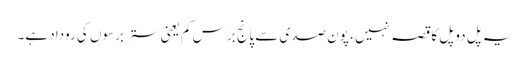
یہ پل دو پل کا قصہ نہیں ، پون صدی سے پانج برس کم یعنی ستر برسوں کی روداد ہے۔